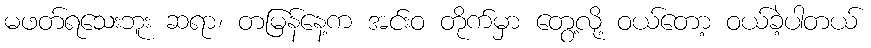
မဖတ်ရသေးဘူး ဆရာ၊ တမြန်နေ့က အင်းဝ တိုက်မှာ တွေ့လို့ ဝယ်တော့ ဝယ်ခဲ့ပါတယ်